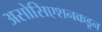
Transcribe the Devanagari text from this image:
असोसिएशनकडून